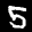
Label: 5